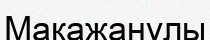
Мақажанұлы